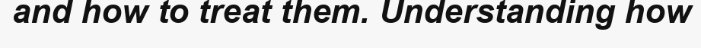
and how to treat them. Understanding how